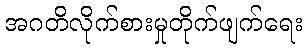
အဂတိလိုက်စားမှုတိုက်ဖျက်ရေး